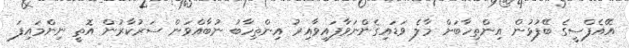
އޭއެފްސީގެ ބޭފުޅުން އިންތިހާބަށް މާލެ ވަޑައިގެންނަވާފައިވާއިރު އިންތިހާބު ނުބާއްވަން ސަރުކާރުން އޮތީ ނިންމައިފަ